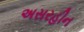
અસરહીન